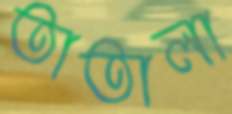
তাতালা